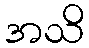
အသိ